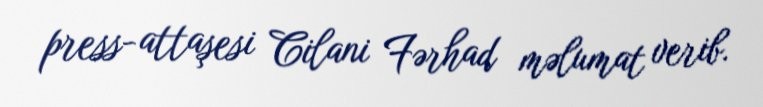
press-attaşesi Cilani Fərhad məlumat verib.